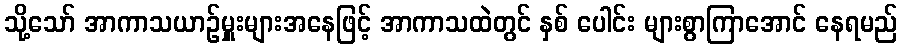
သို့သော် အာကာသယာဉ်မှူးများအနေဖြင့် အာကာသထဲတွင် နှစ် ပေါင်း များစွာကြာအောင် နေရမည်